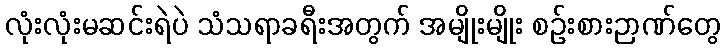
လုံးလုံးမဆင်းရဲပဲ သံသရာခရီးအတွက် အမျိုးမျိုး စဉ်းစားဉာဏ်တွေ